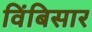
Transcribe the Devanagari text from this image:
विंबिसार